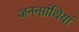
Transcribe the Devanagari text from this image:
जननग्रंथियां